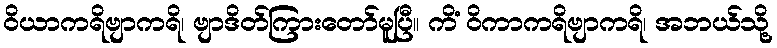
ဝိယာကရိဗျာကရိ၊ ဗျာဒိတ်ကြားတော်မူပြီ။ ကိံ ဝိကာကရိဗျာကရိ၊ အဘယ်သို့